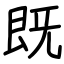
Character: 既